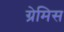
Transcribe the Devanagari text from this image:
ग्रेमिस